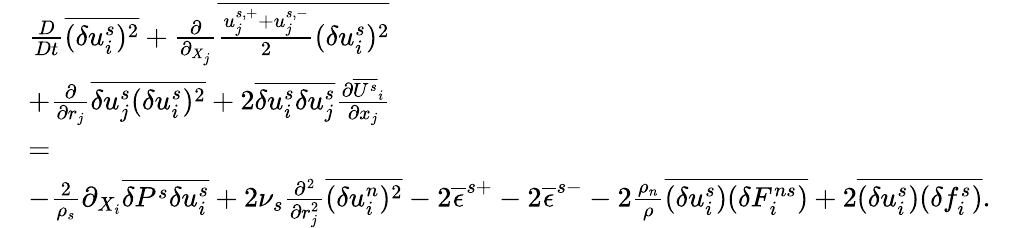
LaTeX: \begin{array}{rlr}&{\frac{D}{Dt}\overline{{(\delta u_{i}^{s})^{2}}}+\frac{\partial}{\partial_{X_{j}}}\overline{{\frac{u_{j}^{s,+}+u_{j}^{s,-}}{2}(\delta u_{i}^{s})^{2}}}}&\\ &{+\frac{\partial}{\partial{r_{j}}}\overline{{\delta u_{j}^{s}(\delta u_{i}^{s})^{2}}}+2\overline{{\delta u_{i}^{s}\delta u_{j}^{s}}}\frac{\partial\overline{{U^{s}}}_{i}}{\partial x_{j}}}&\\ &{=}&\\ &{-\frac{2}{\rho_{s}}\partial_{X_{i}}\overline{{\delta P^{s}\delta u_{i}^{s}}}+2\nu_{s}\frac{\partial^{2}}{\partial r_{j}^{2}}\overline{{(\delta u_{i}^{n})^{2}}}-2\overline{{\epsilon}}^{s+}-2\overline{{\epsilon}}^{s-}-2\frac{\rho_{n}}{\rho}\overline{{(\delta u_{i}^{s})(\delta F_{i}^{ns})}}+2\overline{{(\delta u_{i}^{s})(\delta f_{i}^{s})}}.}&\end{array}